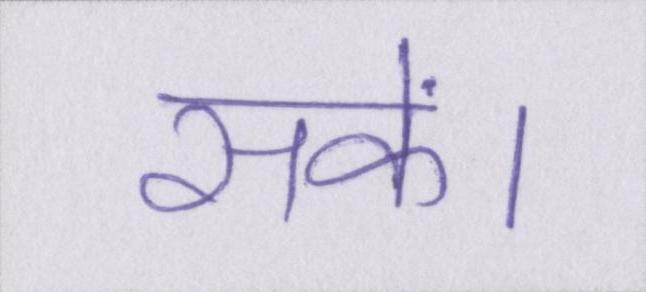
सकें।